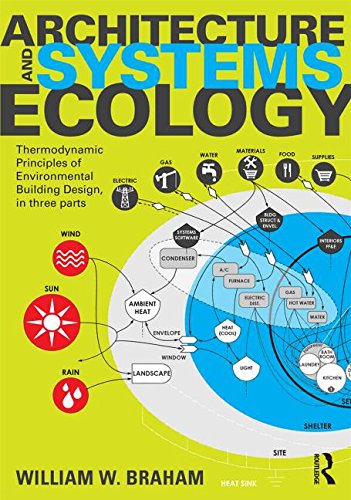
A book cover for Architecture and Systems Ecology: Thermodynamic Principles of Environmental Building Design, in three parts; William W. Braham; Crafts, Hobbies & Home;